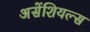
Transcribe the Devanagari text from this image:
असेंशियल्स